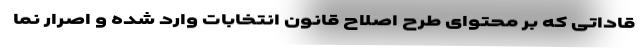
قاداتی که بر محتوای طرح اصلاح قانون انتخابات وارد شده و اصرار نما